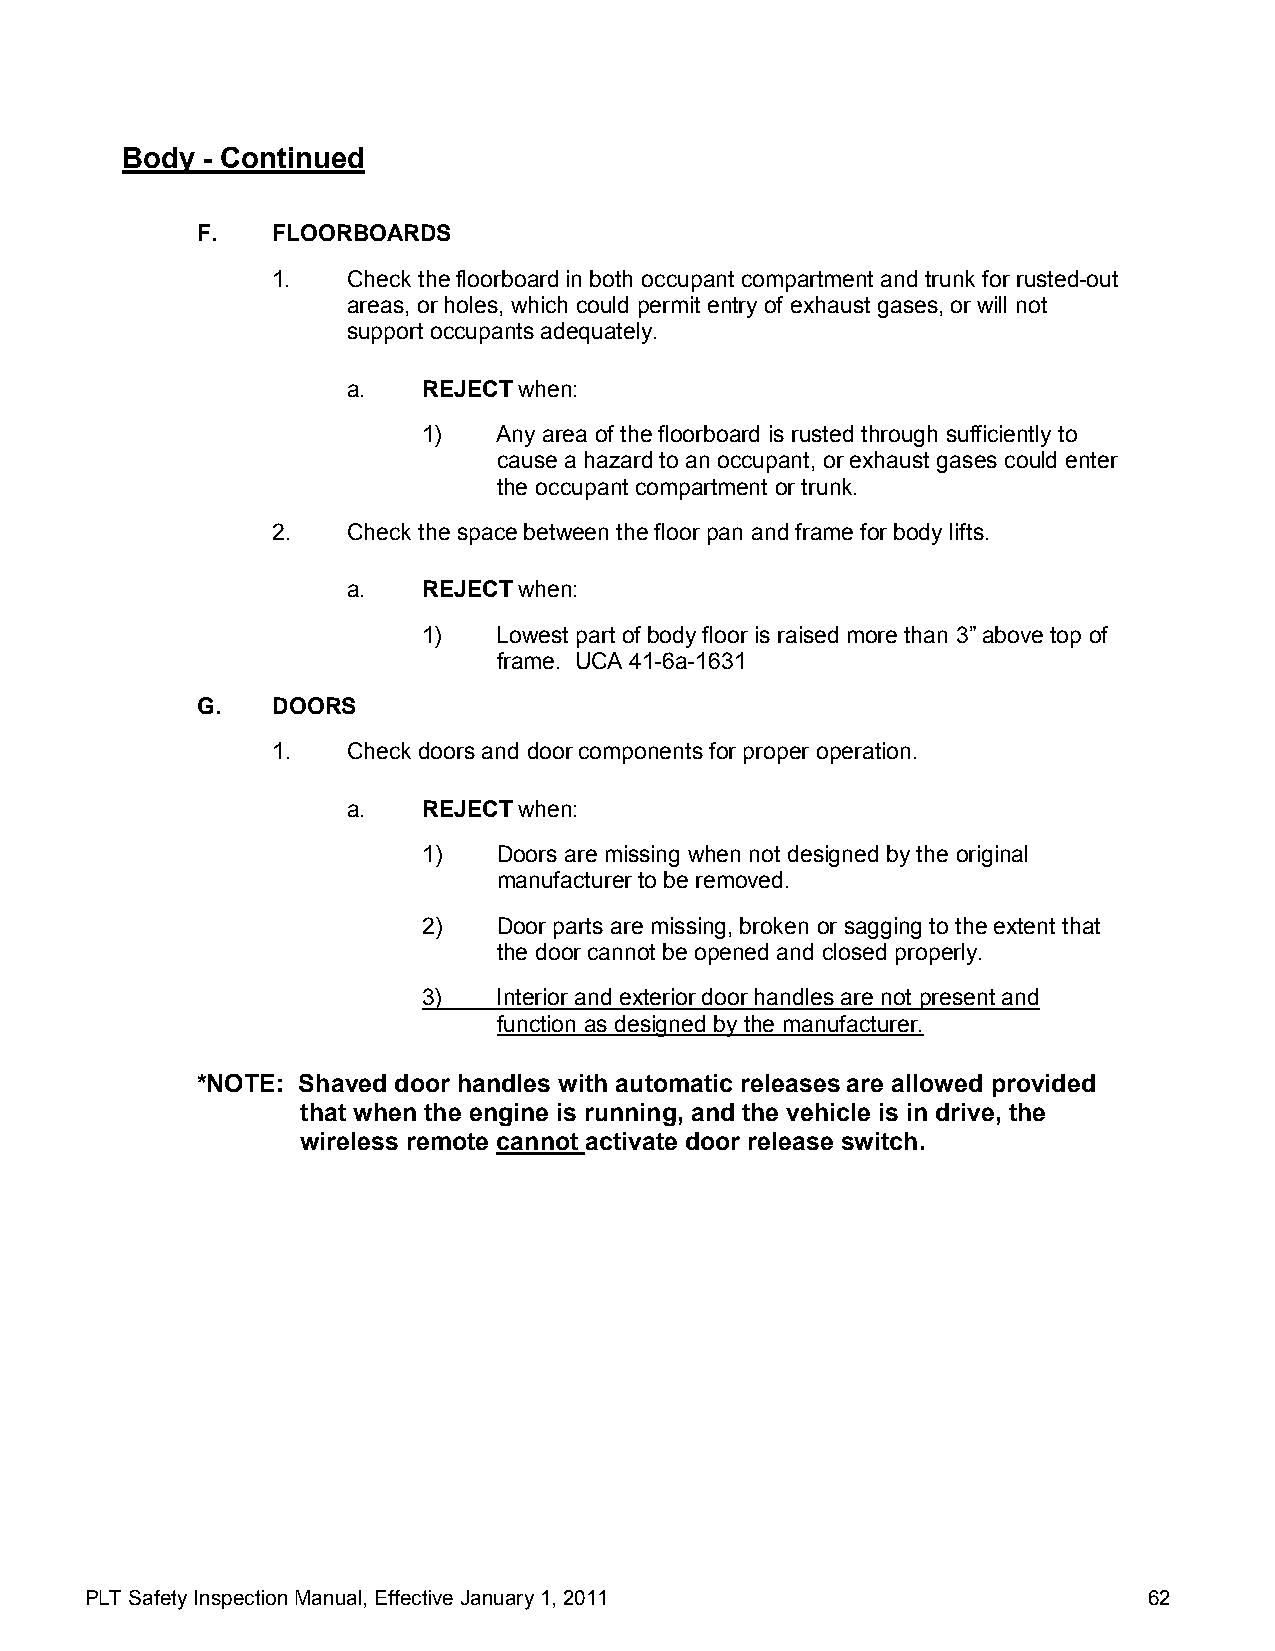
Body - Continued
 F.   FLOORBOARDS
 1.   Check the floorboard in both occupant compartment and trunk for rusted-out
 areas, or holes, which could permit entry of exhaust gases, or will not
 support occupants adequately.
 a.   REJECT when:
 1)   Any area of the floorboard is rusted through sufficiently to
 cause a hazard to an occupant, or exhaust gases could enter
 the occupant compartment or trunk.
 2.   Check the space between the floor pan and frame for body lifts.
 a.   REJECT when:
 1)   Lowest part of body floor is raised more than 3” above top of
 frame. UCA 41-6a-1631
 G.   DOORS
 1.   Check doors and door components for proper operation.
 a.   REJECT when:
 1)   Doors are missing when not designed by the original
 manufacturer to be removed.
 2)   Door parts are missing, broken or sagging to the extent that
 the door cannot be opened and closed properly.
 3)   Interior and exterior door handles are not present and
 function as designed by the manufacturer.
 *NOTE: Shaved door handles with automatic releases are allowed provided
 that when the engine is running, and the vehicle is in drive, the
 wireless remote cannot activate door release switch.
 PLT Safety Inspection Manual, Effective January 1, 2011               62